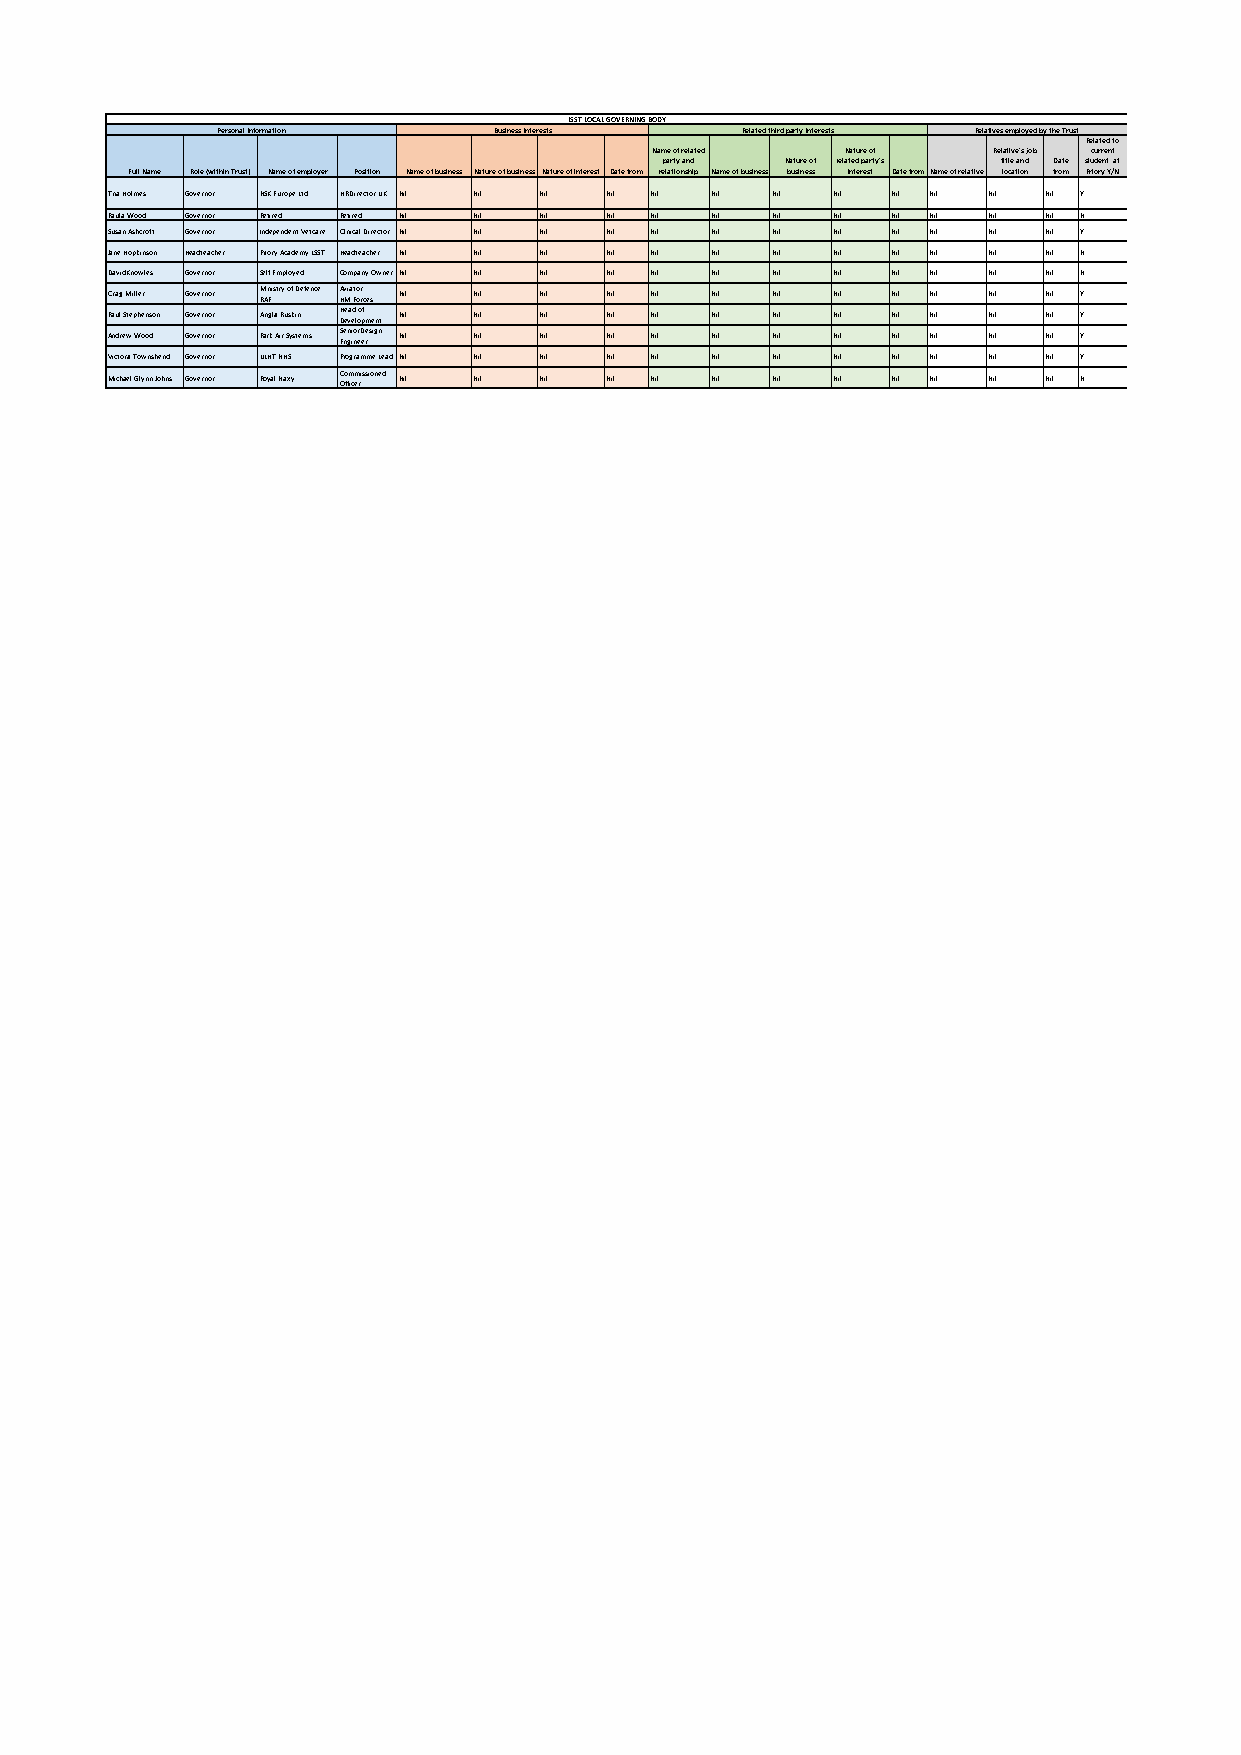
LSST LOCAL GOVERNING BODY
 Personal Information Business Interests Related third party Interests Relatives employed by the Trust
 Related to
 Name of related Nature of Relative's job current
 party and Nature of related party's title and Date student at
 Full Name Role (within Trust) Name of employer Position Name of business Nature of business Nature of interest Date from relationship Name of business business interest Date fromName of relative location from Priory Y/N
 Tina Holmes Governor NSK Europe Ltd HR Director UK Nil Nil Nil Nil Nil Nil Nil Nil Nil Nil Nil Nil Y
 Paula Wood Governor Retired Retired Nil Nil Nil Nil Nil Nil Nil Nil Nil Nil Nil Nil N
 Susan Ashcroft Governor Independent Vetcare Clinical Director Nil Nil Nil Nil Nil Nil Nil Nil Nil Nil Nil Nil Y
 Jane Hopkinson Headteacher Priory Academy LSST Headteacher Nil Nil Nil Nil Nil Nil Nil Nil Nil Nil Nil Nil N
 David Knowles Governor Self Employed Company OwnerNil Nil Nil Nil Nil Nil Nil Nil Nil Nil Nil Nil N
 Craig Miller Governor M RAin Fistry of Defence A Hv Mia Fto or r ces Nil Nil Nil Nil Nil Nil Nil Nil Nil Nil Nil Nil Y
 Paul Stephenson Governor Anglia Ruskin H De ea ved l oo pf ment Nil Nil Nil Nil Nil Nil Nil Nil Nil Nil Nil Nil Y
 Andrew Wood Governor Park Air Systems S Ee nn gi io nr e eD resign Nil Nil Nil Nil Nil Nil Nil Nil Nil Nil Nil Nil Y
 Victoria Townshend Governor ULHT NHS Programme LeadNil Nil Nil Nil Nil Nil Nil Nil Nil Nil Nil Nil Y
 Michael Glynn Johns Governor Royal Naxy C Oo ffm icm erissioned Nil Nil Nil Nil Nil Nil Nil Nil Nil Nil Nil Nil N